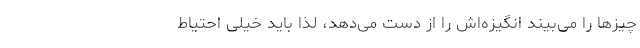
چیزها را می‌بیند انگیزه‌اش را از دست می‌دهد، لذا باید خیلی احتیاط